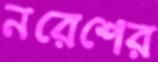
নরেশের